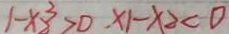
1 - x _ { 2 } ^ { 3 } > 0 . x _ { 1 } - x _ { 2 } < 0